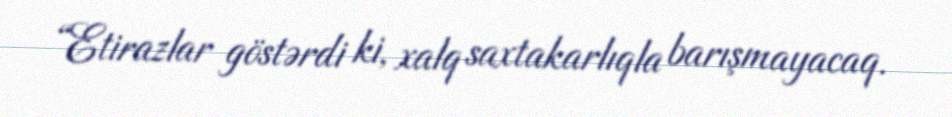
“Etirazlar göstərdi ki, xalq saxtakarlıqla barışmayacaq.